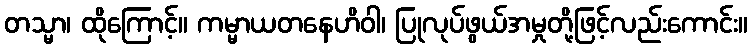
တသ္မာ၊ ထိုကြောင့်။ ကမ္မာယတနေဟိဝါ၊ ပြုလုပ်ဖွယ်အမှုတို့ဖြင့်လည်းကောင်း။